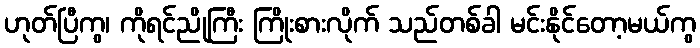
ဟုတ်ပြီကွ၊ ကိုရင်ညိုကြီး ကြိုးစားလိုက် သည်တစ်ခါ မင်းနိုင်တော့မယ်ကွ